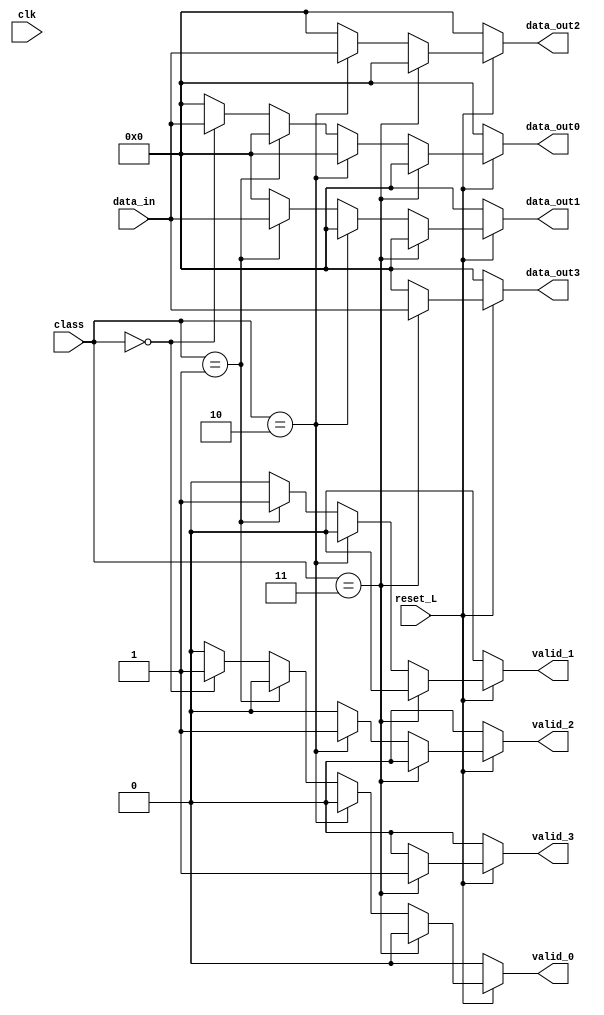
// USAR CLASS COMO data_in[11:10] desde afuera
module demux
(
	input wire reset_L,
	input wire clk,
	input wire [11:0] data_in,
	input wire [1:0] class,
	output reg [11:0] data_out0, data_out1, data_out2, data_out3,
	output reg valid_0, valid_1, valid_2, valid_3
);

	always @ (*)
	begin
		valid_0 = 0;
		valid_1 = 0;
		valid_2 = 0;
		valid_3 = 0;
		data_out0 = 0;
		data_out1 = 0;
		data_out2 = 0;
		data_out3 = 0;
		if (reset_L == 0) begin
			valid_0 = 0;
			valid_1 = 0;
			valid_2 = 0;
			valid_3 = 0;
			data_out0 = 0;
			data_out1 = 0;
			data_out2 = 0;
			data_out3 = 0;
		end else begin
			if (class == 2'b00) begin
				data_out0 = data_in;
				data_out1 = 0;
				data_out2 = 0;
				data_out3 = 0;
				valid_0 = 1;
				valid_1 = 0;
				valid_2 = 0;
				valid_3 = 0;
			end
			if (class == 2'b01) begin
				data_out1 = data_in;
				data_out0 = 0;
				data_out2 = 0;
				data_out3 = 0;
				valid_1 = 1;
				valid_0 = 0;
				valid_2 = 0;
				valid_3 = 0;
			end
			if (class == 2'b10) begin
				data_out2 = data_in;
				data_out1 = 0;
				data_out0 = 0;
				data_out3 = 0;
				valid_2 = 1;
				valid_0 = 0;
				valid_1 = 0;
				valid_3 = 0;
			end
			if (class == 2'b11) begin
				data_out3 = data_in;
				data_out1 = 0;
				data_out2 = 0;
				data_out0 = 0;
				valid_3 = 1;
				valid_0 = 0;
				valid_1 = 0;
				valid_2 = 0;
			end
		end
	end
endmodule